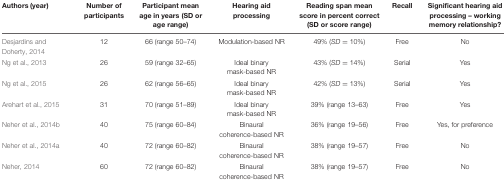
| Authors (year) | Number of participants | Participant mean age in years (SD or age range) | Hearing aid processing | Reading span mean score in percent correct (SD or score range) | Recall | Significant hearing aid processing – working memory relationship? |
 | --- | --- | --- | --- | --- | --- | --- |
 | Desjardins and Doherty, 2014 | 12 | 66 (range 50–74) | Modulation-based NR | 49% (SD = 10%) | Free | No |
 | Ng et al., 2013 | 26 | 59 (range 32–65) | Ideal binary mask-based NR | 43% (SD = 14%) | Serial | Yes |
 | Ng et al., 2015 | 26 | 62 (range 56–65) | Ideal binary mask-based NR | 42% (SD = 13%) | Serial | Yes |
 | Arehart et al., 2015 | 31 | 70 (range 51–89) | Ideal binary mask-based NR | 39% (range 13–63) | Free | Yes |
 | Neher et al., 2014b | 40 | 75 (range 60–84) | Binaural coherence-based NR | 36% (range 19–56) | Free | Yes, for preference |
 | Neher et al., 2014a | 40 | 72 (range 60–82) | Binaural coherence-based NR | 38% (range 19–57) | Free | No |
 | Neher, 2014 | 60 | 72 (range 60–82) | Binaural coherence-based NR | 38% (range 19–57) | Free | No |